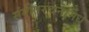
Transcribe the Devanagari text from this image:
संगीतरचनांमधे